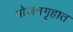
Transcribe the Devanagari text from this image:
भोजनगृहात